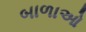
બાળાઓ